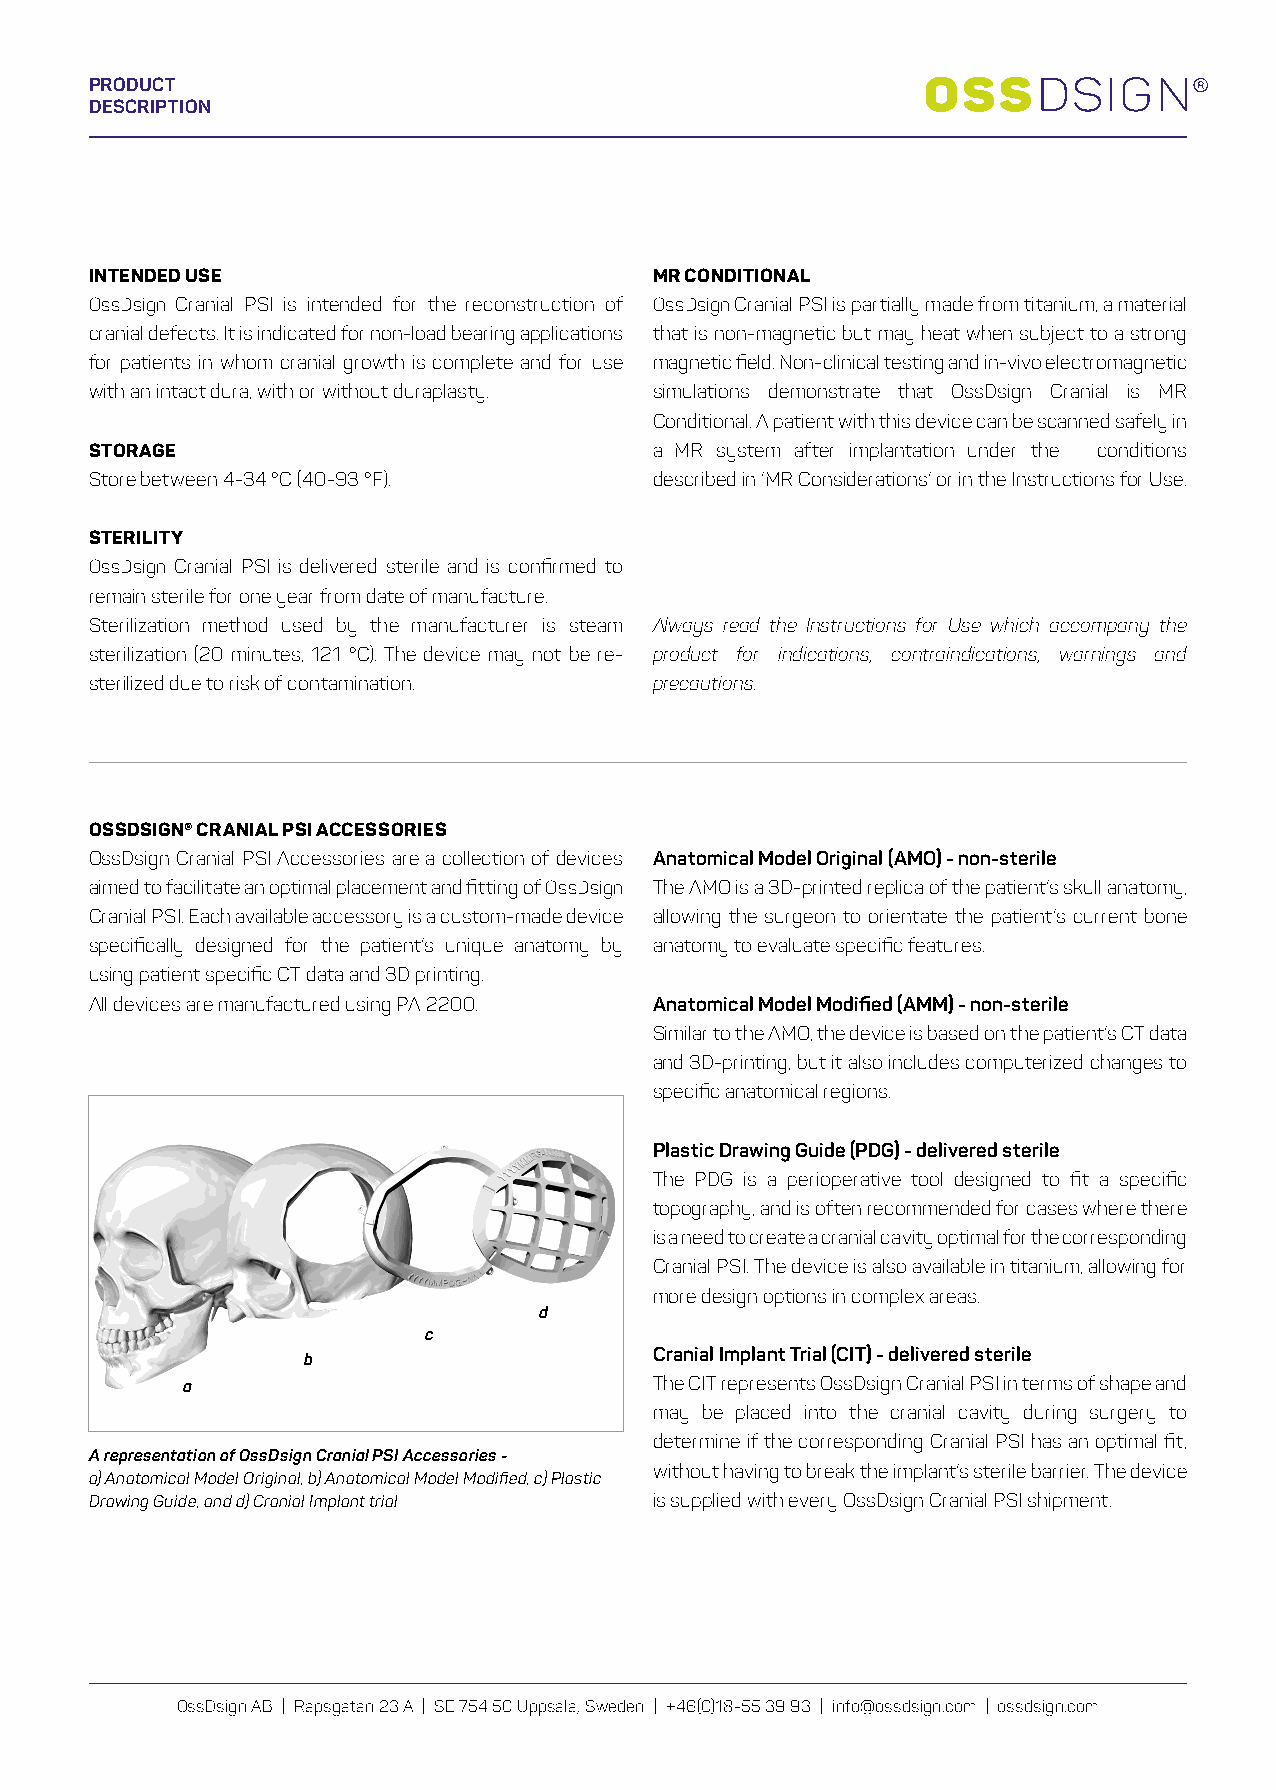
PRODUCT
 DESCRIPTION
 INTENDED USE                         MR CONDITIONAL
 OssDsign Cranial PSI is intended for the reconstruction of OssDsign Cranial PSI is partially made from titanium, a material
 cranial defects. It is indicated for non-load bearing applications that is non-magnetic but may heat when subject to a strong
 for patients in whom cranial growth is complete and for use magnetic field. Non-clinical testing and in-vivo electromagnetic
 with an intact dura, with or without duraplasty. simulations demonstrate that OssDsign Cranial is MR
 Conditional. A patient with this device can be scanned safely in
 STORAGE                              a MR system after implantation under the conditions
 Store between 4-34 °C (40-93 °F).    described in ‘MR Considerations’ or in the Instructions for Use.
 STERILITY
 OssDsign Cranial PSI is delivered sterile and is confirmed to
 remain sterile for one year from date of manufacture.
 Sterilization method used by the manufacturer is steam Always read the Instructions for Use which accompany the
 sterilization (20 minutes, 121 °C). The device may not be re- product for indications, contraindications, warnings and
 sterilized due to risk of contamination. precautions.
 OSSDSIGN® CRANIAL PSI ACCESSORIES
 OssDsign Cranial PSI Accessories are a collection of devices Anatomical Model Original (AMO) - non-sterile
 aimed to facilitate an optimal placement and fitting of OssDsign The AMO is a 3D-printed replica of the patient’s skull anatomy,
 Cranial PSI. Each available accessory is a custom-made device allowing the surgeon to orientate the patient’s current bone
 specifically designed for the patient’s unique anatomy by anatomy to evaluate specific features.
 using patient specific CT data and 3D printing.
 All devices are manufactured using PA 2200. Anatomical Model Modified (AMM) - non-sterile
 Similar to the AMO, the device is based on the patient’s CT data
 and 3D-printing, but it also includes computerized changes to
 specific anatomical regions.
 Plastic Drawing Guide (PDG) - delivered sterile
 The PDG is a perioperative tool designed to fit a specific
 topography, and is often recommended for cases where there
 is a need to create a cranial cavity optimal for the corresponding
 Cranial PSI. The device is also available in titanium, allowing for
 more design options in complex areas.
 d
 c
 Cranial Implant Trial (CIT) - delivered sterile
 b
 a                              The CIT represents OssDsign Cranial PSI in terms of shape and
 may be placed into the cranial cavity during surgery to
 determine if the corresponding Cranial PSI has an optimal fit,
 A representation of OssDsign Cranial PSI Accessories -
 without having to break the implant’s sterile barrier. The device
 a) Anatomical Model Original, b) Anatomical Model Modified, c) Plastic
 Drawing Guide, and d) Cranial Implant trial is supplied with every OssDsign Cranial PSI shipment.
 OssDsign AB | Rapsgatan 23 A | SE 754 50 Uppsala, Sweden | +46(0)18-55 39 93 | info@ossdsign.com | ossdsign.com